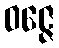
ဝဇ္ဇေ